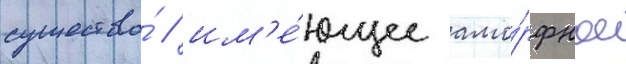
существо́ / им'е́ющее амо́рфное